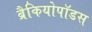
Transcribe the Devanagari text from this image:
ब्रैकियोपॉडस